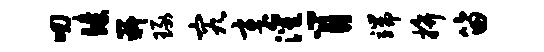
叨臻嶷琢究章灌肖端拚笛